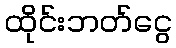
ထိုင်းဘတ်ငွေ